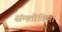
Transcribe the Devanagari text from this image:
संमतीविना